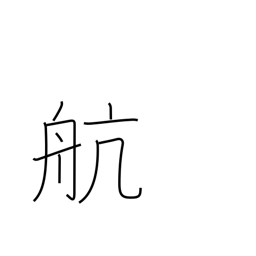
Meaning: cruise